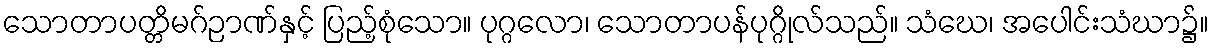
သောတာပတ္တိမဂ်ဉာဏ်နှင့် ပြည့်စုံသော။ ပုဂ္ဂလော၊ သောတာပန်ပုဂ္ဂိုလ်သည်။ သံဃေ၊ အပေါင်းသံဃာ၌။